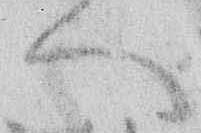
へ